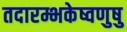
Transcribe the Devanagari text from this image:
तदारम्भकेष्वणुषु